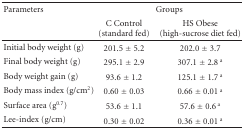
<table><thead><tr><td><b>Parameters</b></td><td colspan="2"><b>Groups</b></td></tr><tr><td>[EMPTY_CELL]</td><td><b>C Control (standard fed)</b></td><td><b>HS Obese (high-sucrose diet fed)</b></td></tr></thead><tbody><tr><td>Initial body weight (g)</td><td>201.5 ± 5.2</td><td>202.0 ± 3.7</td></tr><tr><td>Final body weight (g)</td><td>295.1 ± 2.9</td><td>307.1 ± 2.8 <sup>a</sup></td></tr><tr><td>Body weight gain (g)</td><td>93.6 ± 1.2</td><td>125.1 ± 1.7 <sup>a</sup></td></tr><tr><td>Body mass index (g/cm<sup>2</sup>)</td><td>0.60 ± 0.03</td><td>0.66 ± 0.01 <sup>a</sup></td></tr><tr><td>Surface area (g<sup>0.7</sup>)</td><td>53.6 ± 1.1</td><td>57.6 ± 0.6 <sup>a</sup></td></tr><tr><td>Lee-index (g/cm)</td><td>0.30 ± 0.02</td><td>0.36 ± 0.01 <sup>a</sup></td></tr></tbody></table>